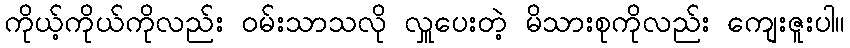
ကိုယ့်ကိုယ်ကိုလည်း ဝမ်းသာသလို လှူပေးတဲ့ မိသားစုကိုလည်း ကျေးဇူးပါ။